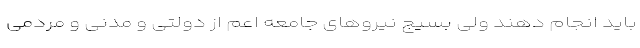
باید انجام دهند ولی بسیج نیروهای جامعه اعم از دولتی و مدنی و مردمی